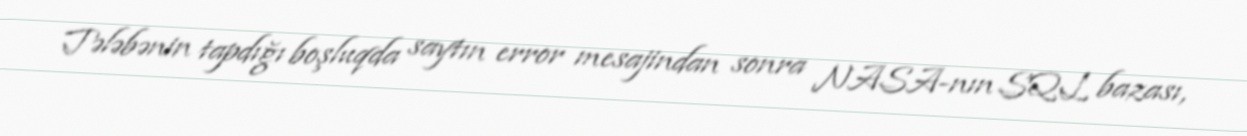
Tələbənin tapdığı boşluqda saytın error mesajindan sonra NASA-nın SQL bazası,